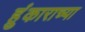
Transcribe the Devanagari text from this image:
हुंकाराच्या